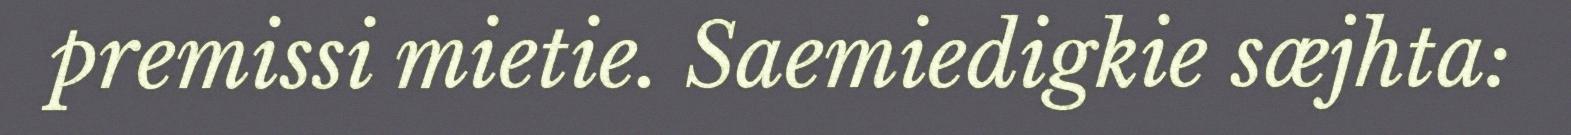
premissi mietie. Saemiedigkie sæjhta: